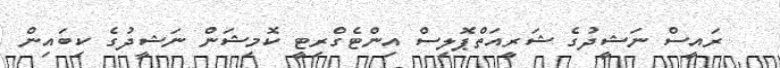
ރައީސް ނަޝީދުގެ ޝަރީއަތްޕޮލިސް އިންޓެގްރިޓީ ކޮމިޝަން ނަޝީދުގެ ކިބައިން